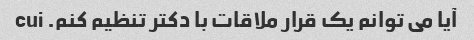
آیا می توانم یک قرار ملاقات با دکتر تنظیم کنم. cui